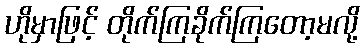
ဟိုမှာဖြင့် တိုက်ကြခိုက်ကြတော့မလို့